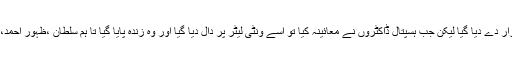
سلطان خون میں لپت پت ہو نے کی وجہ سے مر دہ قرار دے دیا گیا لیکن جب ہسپتال ڈاکٹروں نے معائینہ کیا تو اسے ونٹی لیٹر پر دال دیا گیا اور وہ زندہ پایا گیا تا ہم سلطان ،ظہور احمد،مزمل ،ڈھولی اور دس سالہ بچی کی حالت نازک ہے ۔